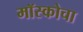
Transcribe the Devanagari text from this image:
मॉस्कोचा